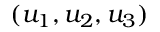
( u _ { 1 } , u _ { 2 } , u _ { 3 } )